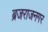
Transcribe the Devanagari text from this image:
ब्रजराजनगर